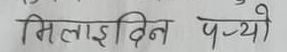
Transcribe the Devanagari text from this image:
मिलाई दिन पऱ्यो